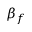
\beta _ { f }